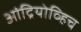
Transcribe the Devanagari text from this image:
आंद्रियोव्हिच